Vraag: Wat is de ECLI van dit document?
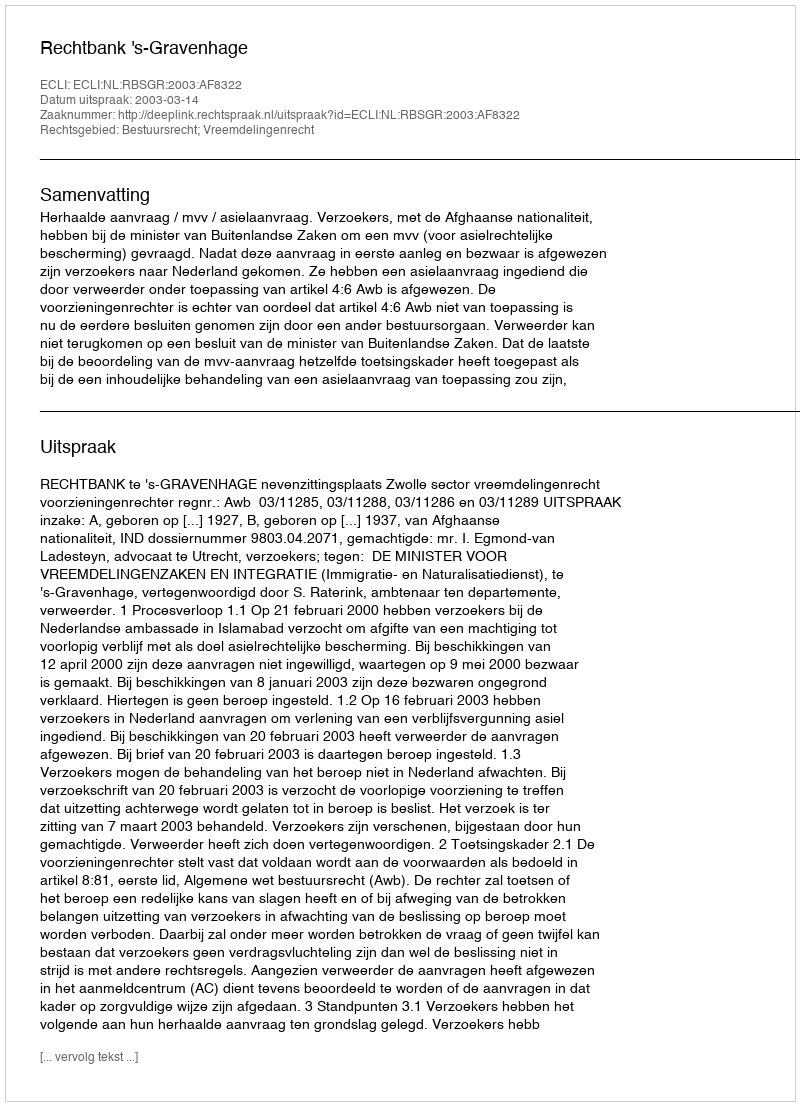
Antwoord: ECLI:NL:RBSGR:2003:AF8322